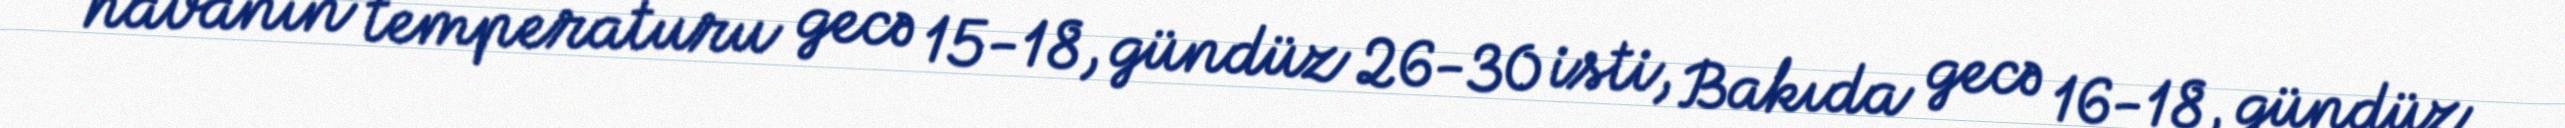
havanın temperaturu gecə 15-18, gündüz 26-30 isti, Bakıda gecə 16-18, gündüz